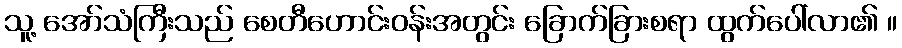
သူ့ အော်သံကြီးသည် စေတီဟောင်းဝန်းအတွင်း ခြောက်ခြားစရာ ထွက်ပေါ်လာ၏ ။